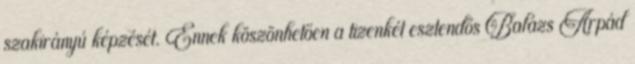
szakirányú képzését. Ennek köszönhetően a tizenkét esztendős Balázs Árpád